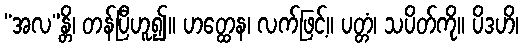
“အလ”န္တိ၊ တန်ပြီဟူ၍။ ဟတ္ထေန၊ လက်ဖြင့်။ ပတ္တံ၊ သပိတ်ကို။ ပိဒဟိ၊